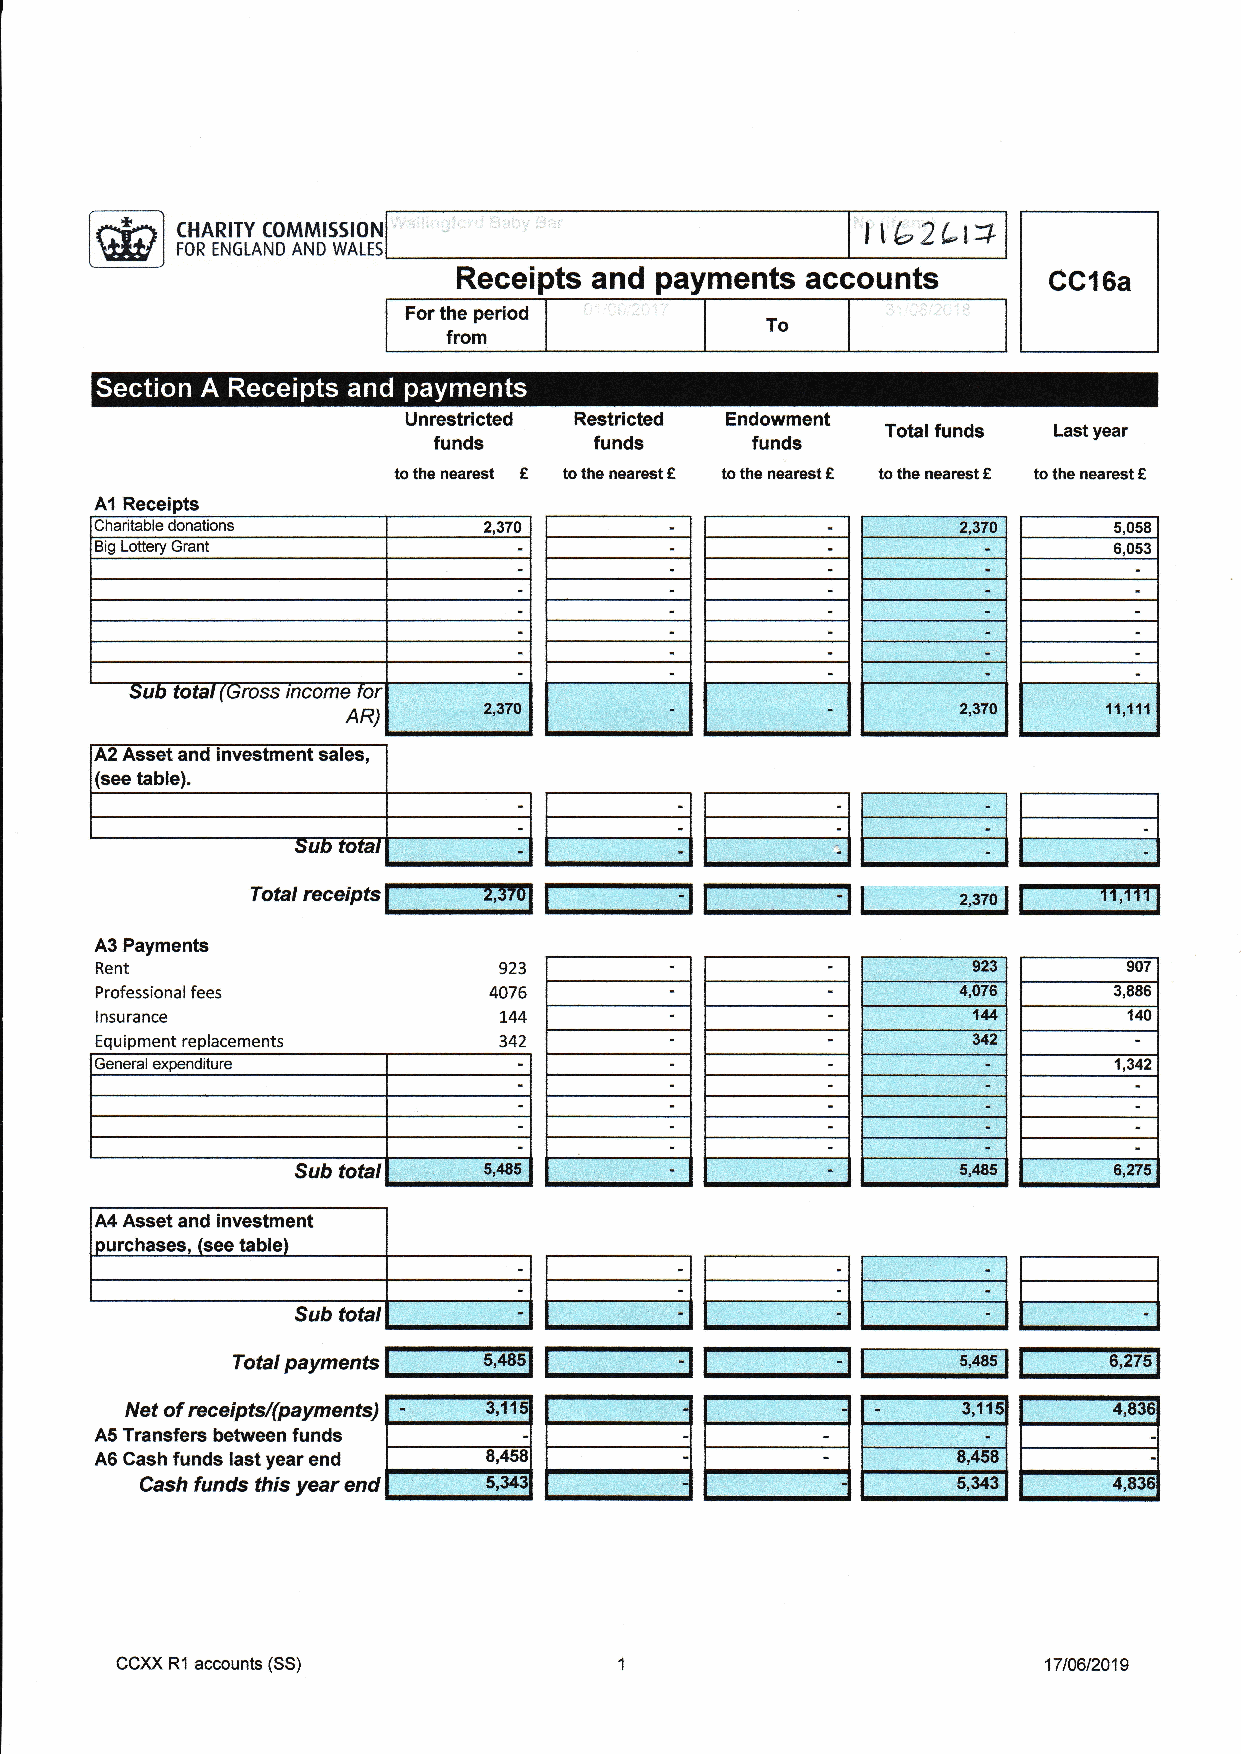
CHARITY COMMISSION                           It L,2Lt+
 FOR ENGLAND AND WALES
 Receipts and payments  accounts
 For the period
 To
 from
 Unrestricted Restricted Endowment  funds
 Total      Last year
 funds     funds      funds
 to the nearest t to the nearest f to the nearest € to the nearest € to the nearest €
 A1 Receipts
 Charitable donations                                      2,370     5,058
 Big Lottery Grant                                                   6,053
 ross mcome
 2,37O    11,111
 A2 Asset and investment sales,
 (see table).
 receipoE:g
 rotat              I-1        l-1       |         l--""f,fffl
 z,gzol
 ===:
 A3 Payments
 Rent                       923                            923        907
 Professional fees          4A76                          4,076      3,886
 I nsu ra nce               1,44                           144        140
 Eq u ipment replacements   342                            342
 General expenditure                                                 1,342
 Sub total                                   5,485     6,275
 A4 Asset and investment
 urchases. (see table
 Sub total
 rotatpaymenoE::::@  l-]        t-]       f      s,4stlt-"El
 ====
 Netof rcceiptsi(paymentsTl-Ii?El l-1  l-1       l--iiEil  l--;5'561
 AACachfi,nr{clacf waaronrl l_199! |    -l l-.1     I     8.458 ll     -l
 Cashfundsthisyearendl-:l   l-l        I        -l I   s.3431 I   4.8361
 CCXX R1 accounts (SS)                                        17 t46t2019